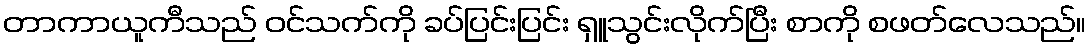
တာကာယူကီသည် ဝင်သက်ကို ခပ်ပြင်းပြင်း ရှူသွင်းလိုက်ပြီး စာကို စဖတ်လေသည်။